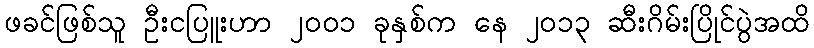
ဖခင်ဖြစ်သူ ဦးငပြူးဟာ ၂၀၀၁ ခုနှစ်က နေ ၂၀၁၃ ဆီးဂိမ်းပြိုင်ပွဲအထိ